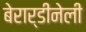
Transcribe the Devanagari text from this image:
बेरार्डीनेली